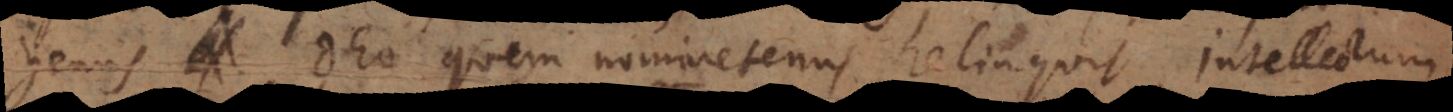
genus Deo quem nominetenus relinquit, intellectum